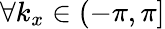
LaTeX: \forall k_{x}\in(-\pi,\pi]